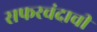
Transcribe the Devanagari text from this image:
सफरचंदाची